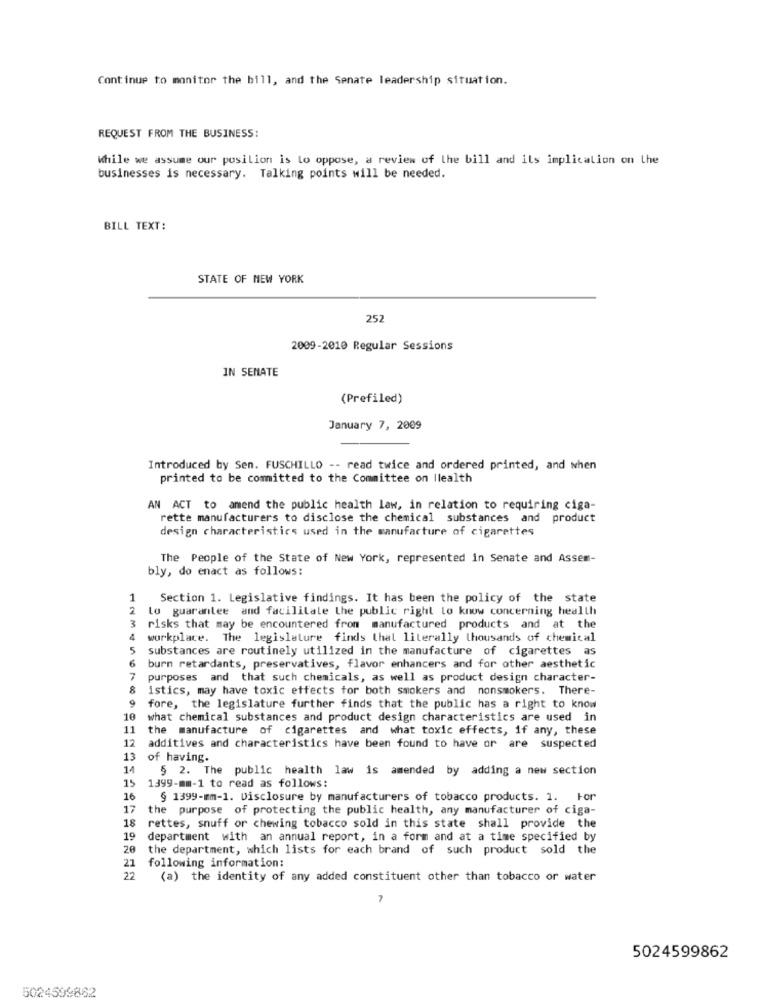
Continue to monitor the bill, and the Senate leadership situation.
REQUEST FROM THE BUSINESS:
While we assume our posilion is to oppose, a review of the bill and ils implication on the
businesses is necessary. Talking points will be needed.
BILL TEXT:
STATE OF NEW YORK
252
2009-2010 Regular Sessions
IN SENATE
(Prefiled)
January 7, 2009
Introduced by Sen. FUSCHILLO -- read twice and ordered printed, and when
printed to be comitted to the Committee on Ilealth
AN ACT to amend the public health law, in relation to requiring ciga-
rette manufacturers to disclose the chemical substances and product
design characteristics used in the manufacture of cigarettes
The People of the State of New York, represented in Senate and Assem-
bly, do enact as follows:
1
Section 1. Legislative findings. It has been the policy of the state
2
to guarantee and facilitate the public right lo know concerning health
3
risks that may be encountered from manufactured products and at the
4
workplace. The legislature finds that literally thousands of chemical
5
substances are routinely utilized in the manufacture of cigarettes as
6
burn retardants, preservatives, flavor enhancers and for other aesthetic
7
purposes and that such chemicals, as well as product design character-
8
istics, may have toxic effects for both smokers and nonsmokers. There-
9
fore, the legislature further finds that the public has a right to know
10
what chemical substances and product design characteristics are used in
11
the manufacture of cigarettes and what toxic effects, if any, these
12
additives and characteristics have been found to have or are suspected
13
of having.
14
§ 2. The public health law is amended by adding a new section
15
1399-mm-1 to read as follows:
16
§ 1399-mm-1. Disclosure by manufacturers of tobacco products. 1. For
17
the purpose of protecting the public health, any manufacturer of ciga-
18
rettes, snuff or chewing tobacco sold in this state shall provide the
19
department with an annual report, in a form and at a time specified by
20
the department, which lists for each brand of such product sold the
21
following information:
22
(a) the identity of any added constituent other than tobacco or water
5024599862
5024599862